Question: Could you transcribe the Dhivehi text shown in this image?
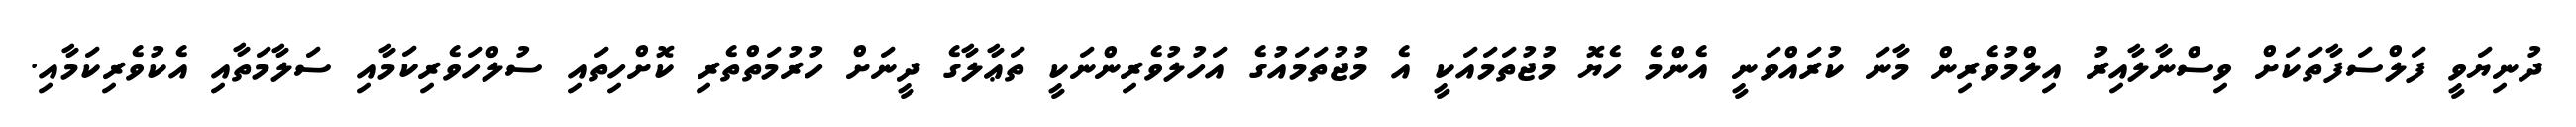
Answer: ދުނިޔަވީ ފަލްސަފާތަކަށް ވިސްނާލާއިރު އިލްމުވެރިން މާނަ ކުރައްވަނީ އެންމެ ހެޔޮ މުޖުތަމައަކީ އެ މުޖުތަމައުގެ އަހުލުވެރިންނަކީ ތަޢާލާގެ ދީނަށް ހުރުމަތްތެރި ކޮށްހިތައި ސުލްހަވެރިކަމާއި ސަލާމަތާއި އެކުވެރިކަމާއި.